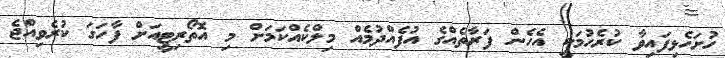
ހުށަހެޅިފައިވާ ކުރެހުމަކީ އެހެން ފަރާތެއްގެ އުފެއްދުމެއް މިލްކެއްކަމަށް މި އޮތޯރިޓީއަށް ފާހަގަ ކުރެވިއްޖެ